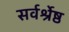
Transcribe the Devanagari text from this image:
सर्वर्श्रेष्ठ